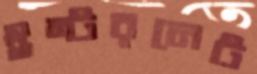
ইন্টরনেট